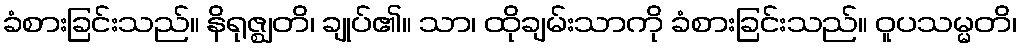
ခံစားခြင်းသည်။ နိရုဇ္ဈတိ၊ ချုပ်၏။ သာ၊ ထိုချမ်းသာကို ခံစားခြင်းသည်။ ဝူပသမ္မတိ၊